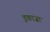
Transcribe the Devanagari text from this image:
इकाज़ा